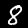
Label: 8